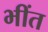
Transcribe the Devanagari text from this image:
भींत